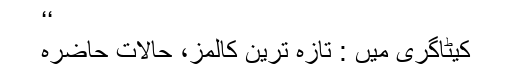
‘‘
کیٹاگری میں : تازہ ترین کالمز، حالات حاضرہ